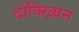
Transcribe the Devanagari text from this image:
दोक्ख्यिन